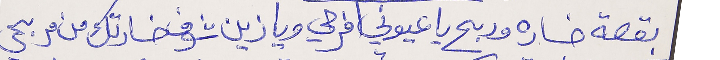
بقصة خساره وربح يا عيوني افرحي ويا زين شوف خسارتك من مربحي